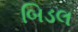
બિડલ